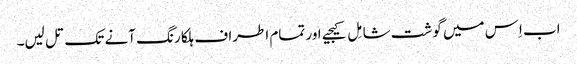
اب اِس میں گوشت شامِل کیجیے اور تمام اطراف ہلکا رنگ آنے تک تل لیں۔